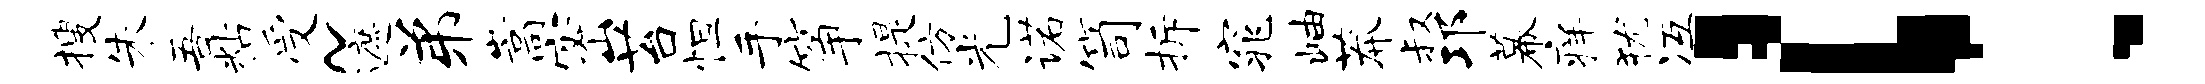
搜朱吾粘受~遮弟嵩密苔怛手筝提仿光诺笥拆窕岫莽叔邛幕痒犹冱！